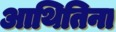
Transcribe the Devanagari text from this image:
आथितिना